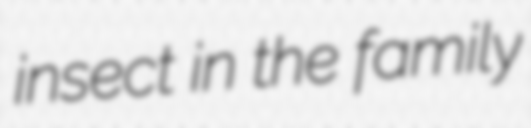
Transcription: insect in the family